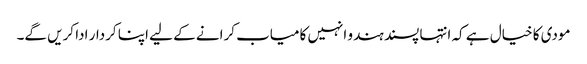
مودی کا خیال ہے کہ انتہا پسند ہندو انہیں کامیاب کرانے کے لیے اپنا کردار ادا کریں گے۔